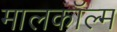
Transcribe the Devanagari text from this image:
मालकॉल्म